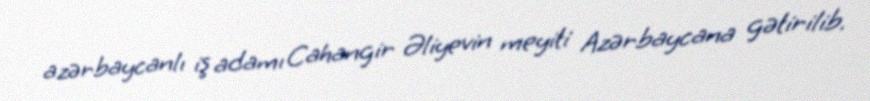
azərbaycanlı iş adamı Cahangir Əliyevin meyiti Azərbaycana gətirilib.